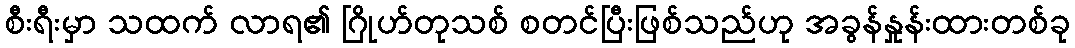
စီးရီးမှာ သထက် လာရ၏ ဂြိုဟ်တုသစ် စတင်ပြီးဖြစ်သည်ဟု အခွန်နှုန်းထားတစ်ခု